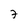
Character: 7